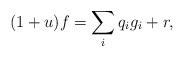
LaTeX: \begin{align*} (1+u)f = \sum_i q_ig_i + r,\end{align*}